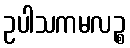
ဥပါသကမလဉ္စ